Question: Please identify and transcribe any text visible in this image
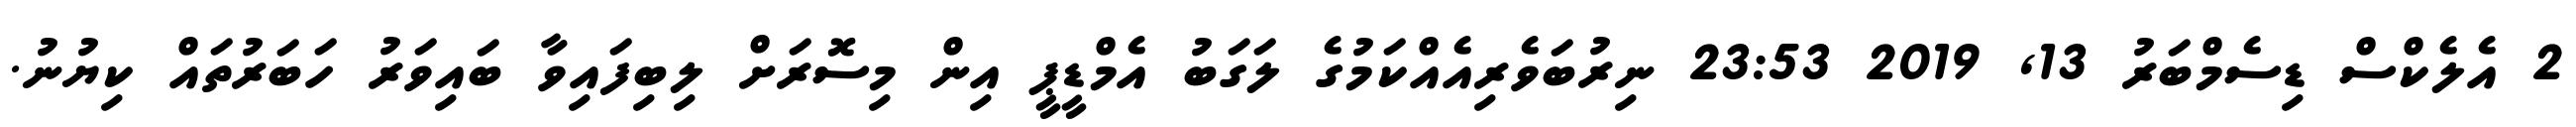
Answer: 2 އެލެކްސް ޑިސެމްބަރު 13, 2019 23:53 ނިރުބަވެރިއެއްކަމުގެ ލަގަބު އެމްޑީޕީ އިން މިސޮރަށް ލިބިފައިވާ ބައިވަރު ހަބަރުތައް ކިޔުނު.